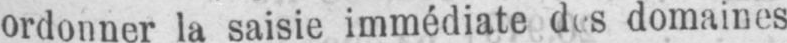
domaines